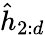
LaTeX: \hat{h}_{2:d}